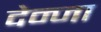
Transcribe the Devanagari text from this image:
देन्जा